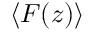
\langle F ( z ) \rangle